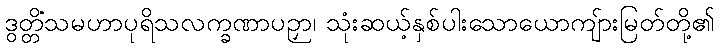
ဒွတ္တိံသမဟာပုရိသလက္ခဏာပဉှာ၊ သုံးဆယ့်နှစ်ပါးသောယောကျ်ားမြတ်တို့၏